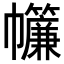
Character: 𢆁